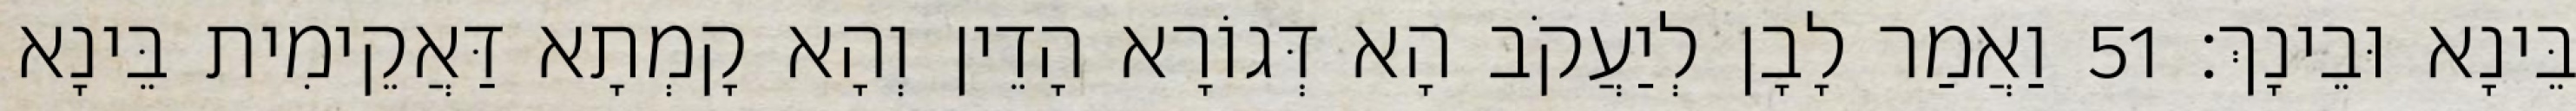
בֵּינָא וּבֵינָךְ׃ 51 וַאֲמַר לָבָן לְיַעֲקֹב הָא דְּגוֹרָא הָדֵין וְהָא קָמְתָא דַּאֲקֵימִית בֵּינָא